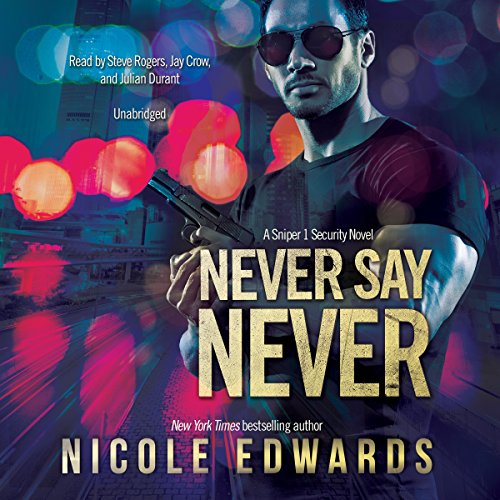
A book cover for Never Say Never: A Sniper 1 Security Novel: Sniper 1 Security, Book 2; Nicole Edwards; Romance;